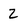
Character: Z